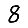
Digit: 8